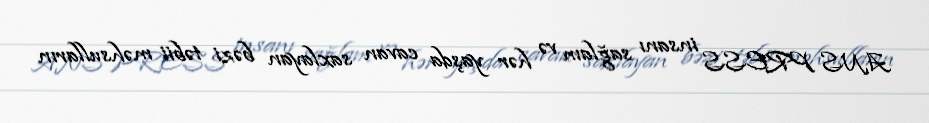
ANS PRESS insanı sağlam və hər yaşda cavan saxlayan bəzi təbii məhsulların